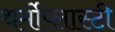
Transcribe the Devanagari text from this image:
थर्मोप्लास्टी